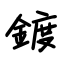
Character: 鍍